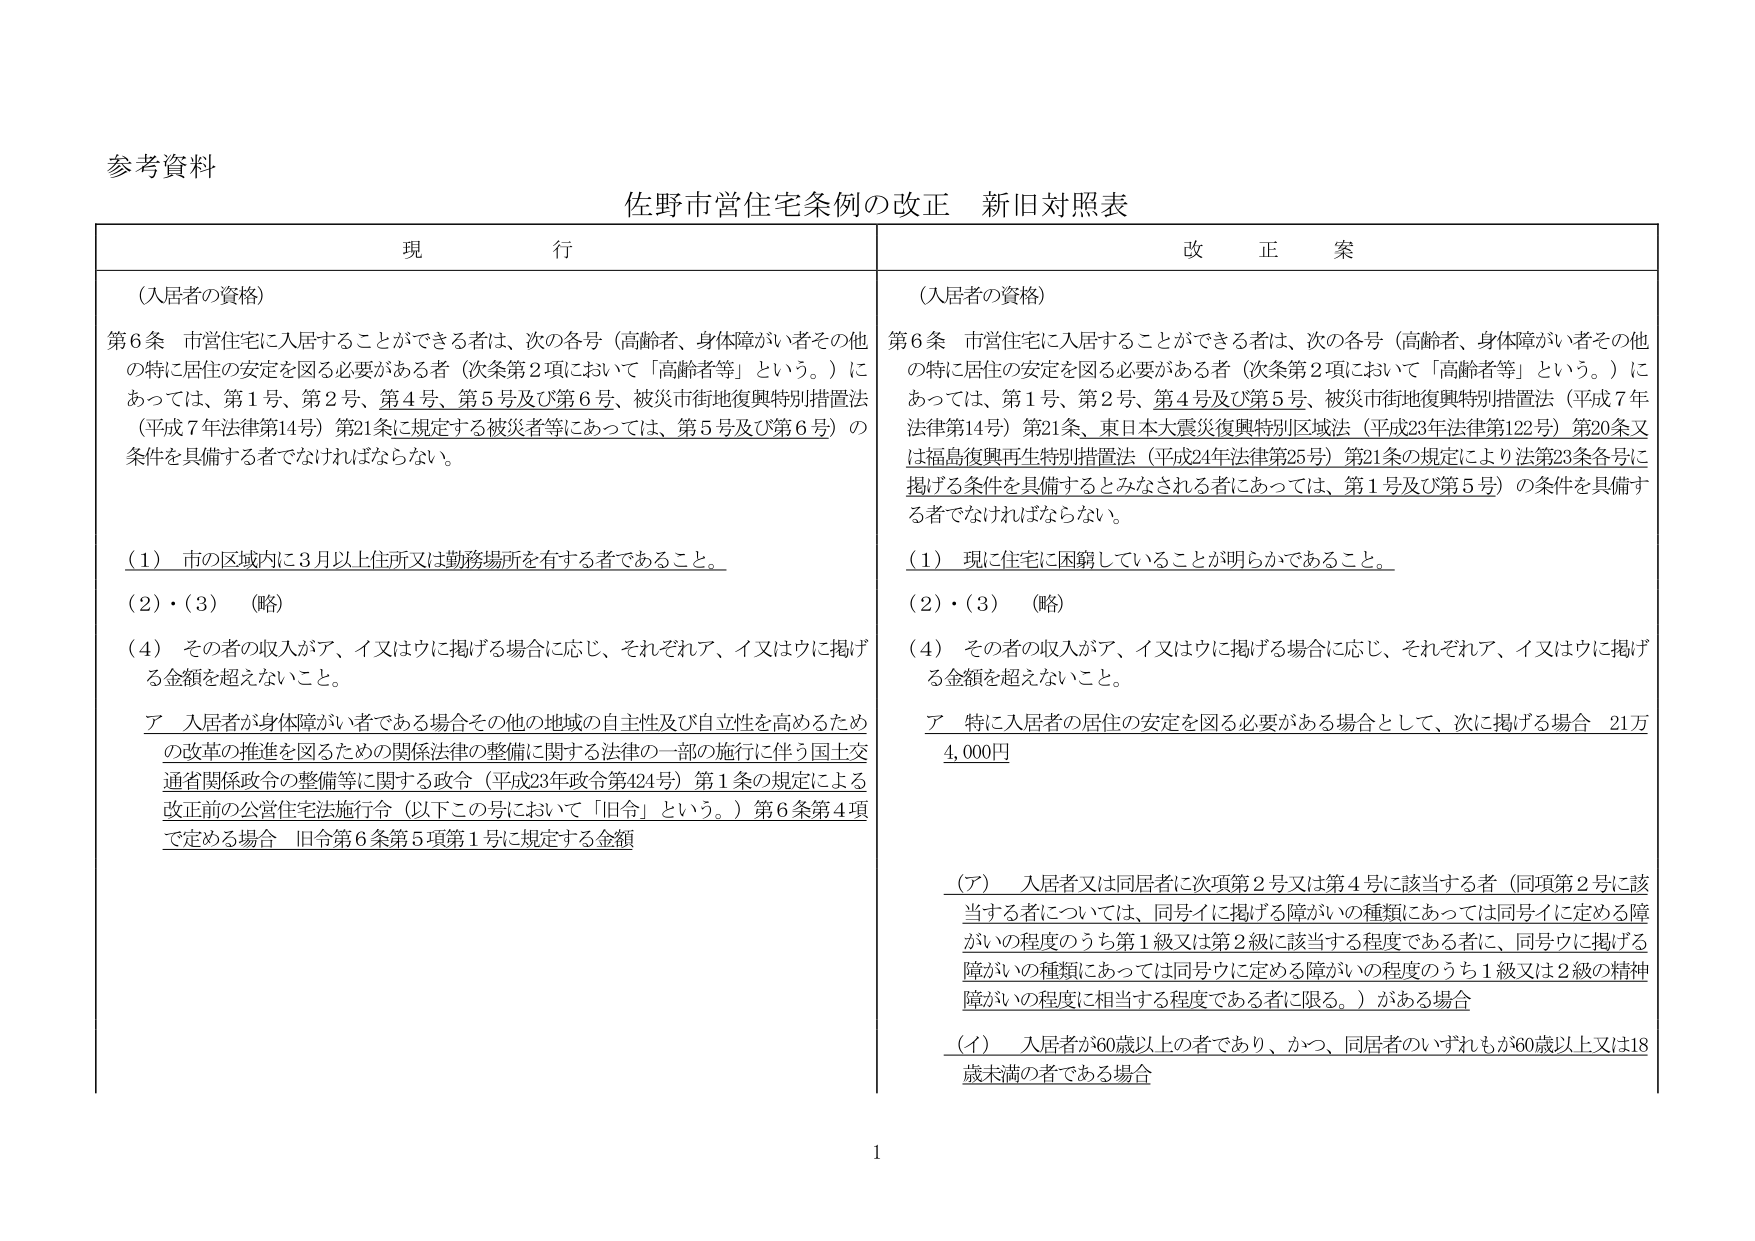
参考资料

佐野市営住宅条例の改正 新旧対照表

現 行

（入居者の資格）

第6条 市営住宅に入居することができる者は、次の各号（高齢者、身体障がい者その他 の特に居住の安定を図る必要がある者（次条第2項において「高齢者等」という。）に あっては、第1号、第2号、第4号、第5号及び第6号、被災市街地復興特別措置法 （平成7年法律第14号）第21条に規定する被災者等にあっては、第5号及び第6号）の 条件を具備する者でなければならない。

（1） 市の区域内に3月以上住所又は勤務場所を有する者であること。

（2）・（3） （略）

（4） その者の収入がア、イ又はウに掲げる場合に応じ、それぞれア、イ又はウに掲げ る金額を超えないこと。

ア 入居者が身体障がい者である場合その他の地域の自主性及び自立性を高めるため の改革の推進を図るための関係法律の整備に関する法律の一部の施行に伴う国土交 通省関係政令の整備等に関する政令（平成23年政令第424号）第1条の規定による 改正前の公営住宅法施行令（以下この号において「旧令」という。）第6条第4項 で定める場合 旧令第6条第5項第1号に規定する金額

改正案

（入居者の資格）

第6条 市営住宅に入居することができる者は、次の各号（高齢者、身体障がい者その他 の特に居住の安定を図る必要がある者（次条第2項において「高齢者等」という。）に あっては、第1号、第2号、第4号及び第5号、被災市街地復興特別措置法（平成7年 法律第14号）第21条、東日本大震災復興特別区域法（平成23年法律第122号）第20条又 は福島復興再生特別措置法（平成24年法律第25号）第21条の規定により法第23条各号に 掲げる条件を具備するとみなされる者にあっては、第1号及び第5号）の条件を具備す る者でなければならない。

（1） 現に住宅に困窮していることが明らかであること。

（2）・（3） （略）

（4） その者の収入がア、イ又はウに掲げる場合に応じ、それぞれア、イ又はウに掲げ る金額を超えないこと。

ア 特に入居者の居住の安定を図る必要がある場合として、次に掲げる場合 21万 4,000円

（ア） 入居者又は同居者が次項第2号又は第4号に該当する者（同項第2号に該 当する者については、同号イに掲げる障がいの種類にあっては同号イに定める障 がいの程度のうち第1級又は第2級に該当する程度である者に、同号ウに掲げる 障がいの種類にあっては同号ウに定める障がいの程度のうち1級又は2級の精神 障がいの程度に相当する程度である者に限る。）がある場合

（イ） 入居者が60歳以上の者であり、かつ、同居者のいずれもが60歳以上又は18 歳未満の者である場合

1